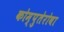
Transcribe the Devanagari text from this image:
कोम्पुतेरोवा